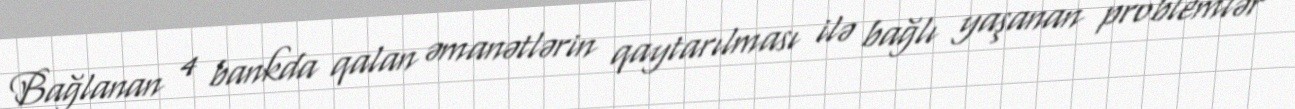
Bağlanan 4 bankda qalan əmanətlərin qaytarılması ilə bağlı yaşanan problemlər